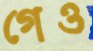
গেও